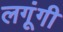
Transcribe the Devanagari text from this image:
लगूंगी